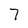
Character: 7